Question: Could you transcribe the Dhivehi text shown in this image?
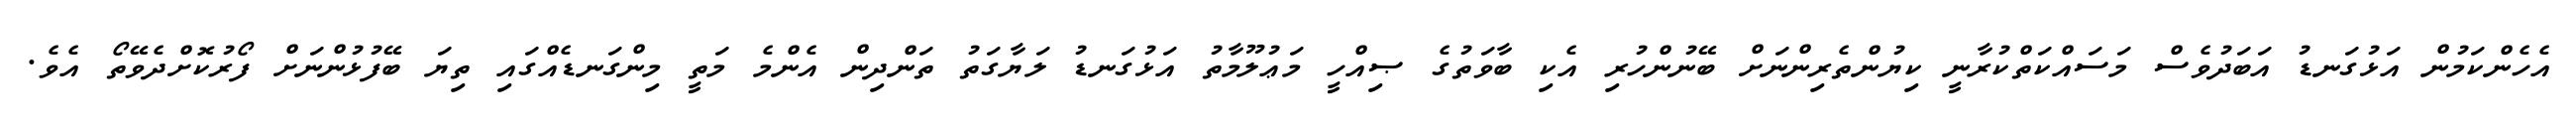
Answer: އެހެންކަމުން އަޅުގަނޑު އަބަދުވެސް މަސައްކަތްކުރާނީ ކިޔުންތެރިންނަށް ބޭނުންހުރި އެކި ބާވަތުގެ ޞިއްހީ މަޢުލޫމާތު އަޅުގަނޑު ލަޔާގަތު ތަންދިން އެންމެ މަތީ މިންގަނޑެއްގައި ތިޔަ ބޭފުޅުންނަށް ފޯރުކޮށްދެވޭތޯ އެވެ.